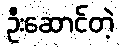
ဦးဆောင်တဲ့